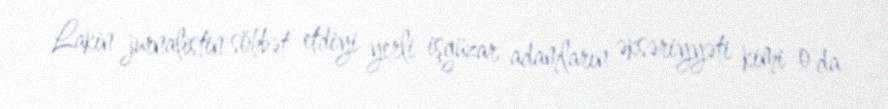
Lakin jurnalistin söhbət etdiyi yerli işgüzar adamların əksəriyyəti kimi o da